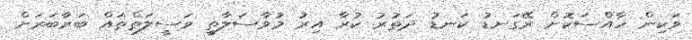
ވަކިން ހާއްސަކޮށް ރޭގަނޑު ކަނޑު ދަތުރު ކުރާ އިރު މުވާސަލާތީ ވަސީލަތްތައް ބަރާބަރަށް